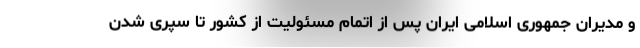
و مدیران جمهوری اسلامی ایران پس از اتمام مسئولیت از کشور تا سپری شدن